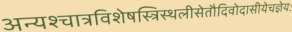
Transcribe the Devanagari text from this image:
अन्यश्चात्रविशेषस्त्रिस्थलीसेतौदिवोदासीयेचज्ञेयः